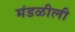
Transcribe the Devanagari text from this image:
मंडळीली